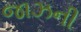
જાઝની